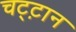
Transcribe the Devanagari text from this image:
चट्ट़ान